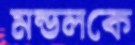
মন্ডলকে